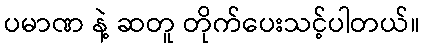
ပမာဏ နဲ့ ဆတူ တိုက်ပေးသင့်ပါတယ်။